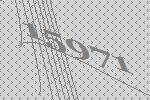
15971